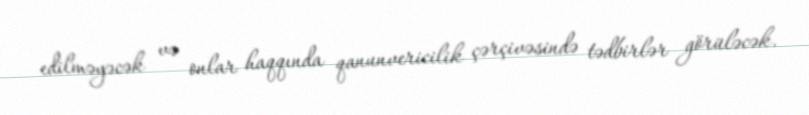
edilməyəcək və onlar haqqında qanunvericilik çərçivəsində tədbirlər görüləcək.